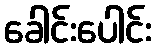
ခေါင်းပေါင်း